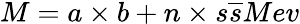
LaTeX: M=a\times b+n\times s\overline{{{s}}}Mev